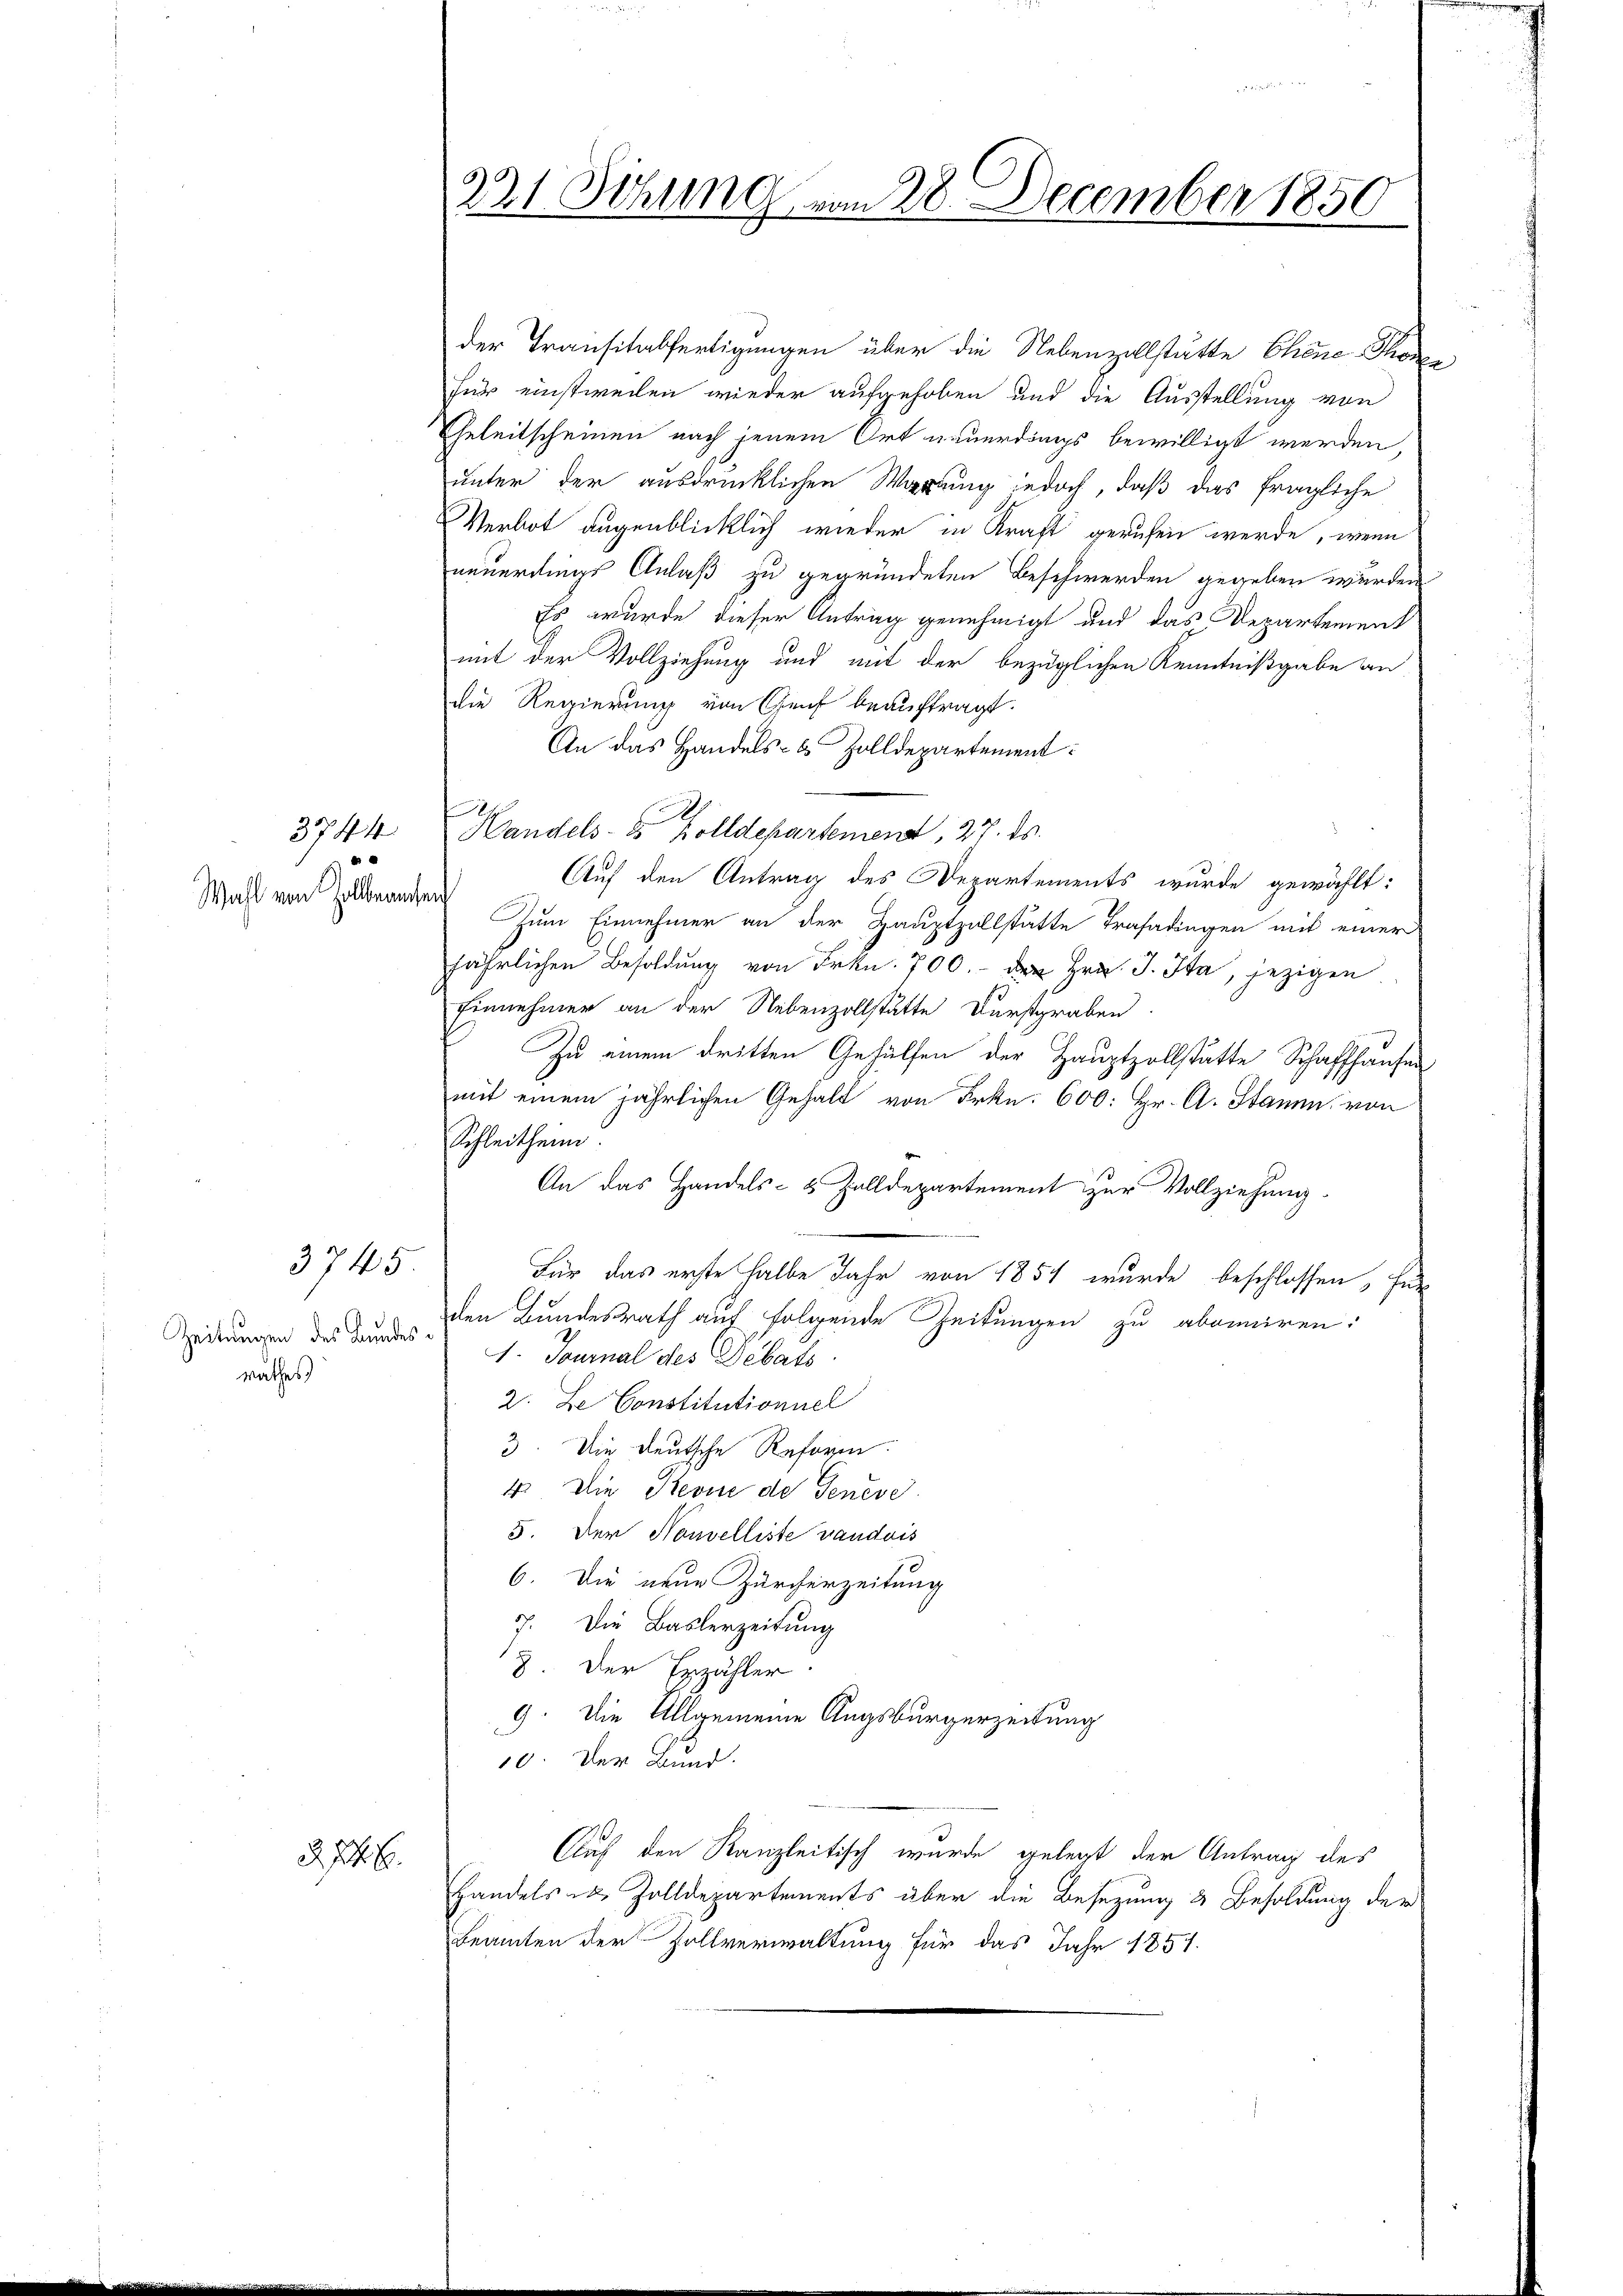
3744.
Wahl von Zollberechen

der Transitabfertigungen über die Nebenzollstätte Chene Thofür einstweilen wieder aufgehoben und die Ausstellung von
Eheleitscheinen nach jenem Ort neuerdings bewilligt werden,
unter der ausdrücklichen Wartung jedoch, daß das fragliche
Verbot augenblicklich wieder in Kraft gerufen werde, wenn
neuerdings Anlaß zu gegründeten Beschwerden gegeben werden
Es wurde dieser Antrag genehmigt und das Departement
mit der Vollziehung und mit der bezüglichen Kenntnißgabe an
die Regierung von Genf beauftragt.
An das Handels- & Zolldepartement
h
Handels- & Zolldepartement, 27. ds.
Auf den Antrag des Departements wurde gewählt:
Zum Einnehmer an der Hauptzillstatte Trasadingen mit einer
jährlichen Besoldung von Frkn. 700.- der Hrn. J. Ja, jezigen
Einnehmer an der Nebenzollstätte Durstgraben.
Zu einem dritten Gehülfen der Hauptzollstätte Schaffhausen
mit einem jährlichen Gehalt von Frkn. 600: Hr. C. Stamm von
Schleitheim.
An das Handels- & Zolldepartement zur Vollziehung
3745
Für das erste halbe Jahr von 1854 wurde beschlossen, für
den Bundesrath auf folgende Zeitungen zu abonniren:
Zeitungen des Bundes
1. Tournal des Debats
rathes
2. Le Constitutionnel
3. Die deutsche Reform.
4. Die Revue der Geneve
5. Der Nouvelliste vaudois
6. Die neue Zürcherzeitung
7. Die Baslerzeitung
8. Der Erzähler.
9. Die Allgemeine Augsburgerzeitung
10. Der Bund.
Auf den Kanzleitisch wurde gelegt der Antrag des
228
Handels u. Zolldepartements über die Besetzung & Besoldung der
Beamten der Fallverwaltung für das Jahr 1851.

221. Sitzung vom 28. December 1850